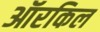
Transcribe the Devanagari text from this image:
ऑरकिल